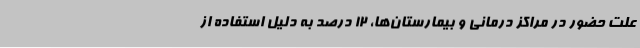
علت حضور در مراکز درمانی و بیمارستان‌ها، 12 درصد به دلیل استفاده از